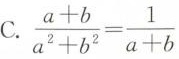
C. $$\frac { a + b } { a ^ { 2 } + b ^ { 2 } } = \frac { 1 } { a + b }$$